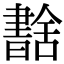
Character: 𦧶